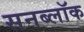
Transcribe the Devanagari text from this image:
सनब्लॉक